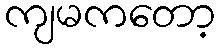
ကျမကတော့